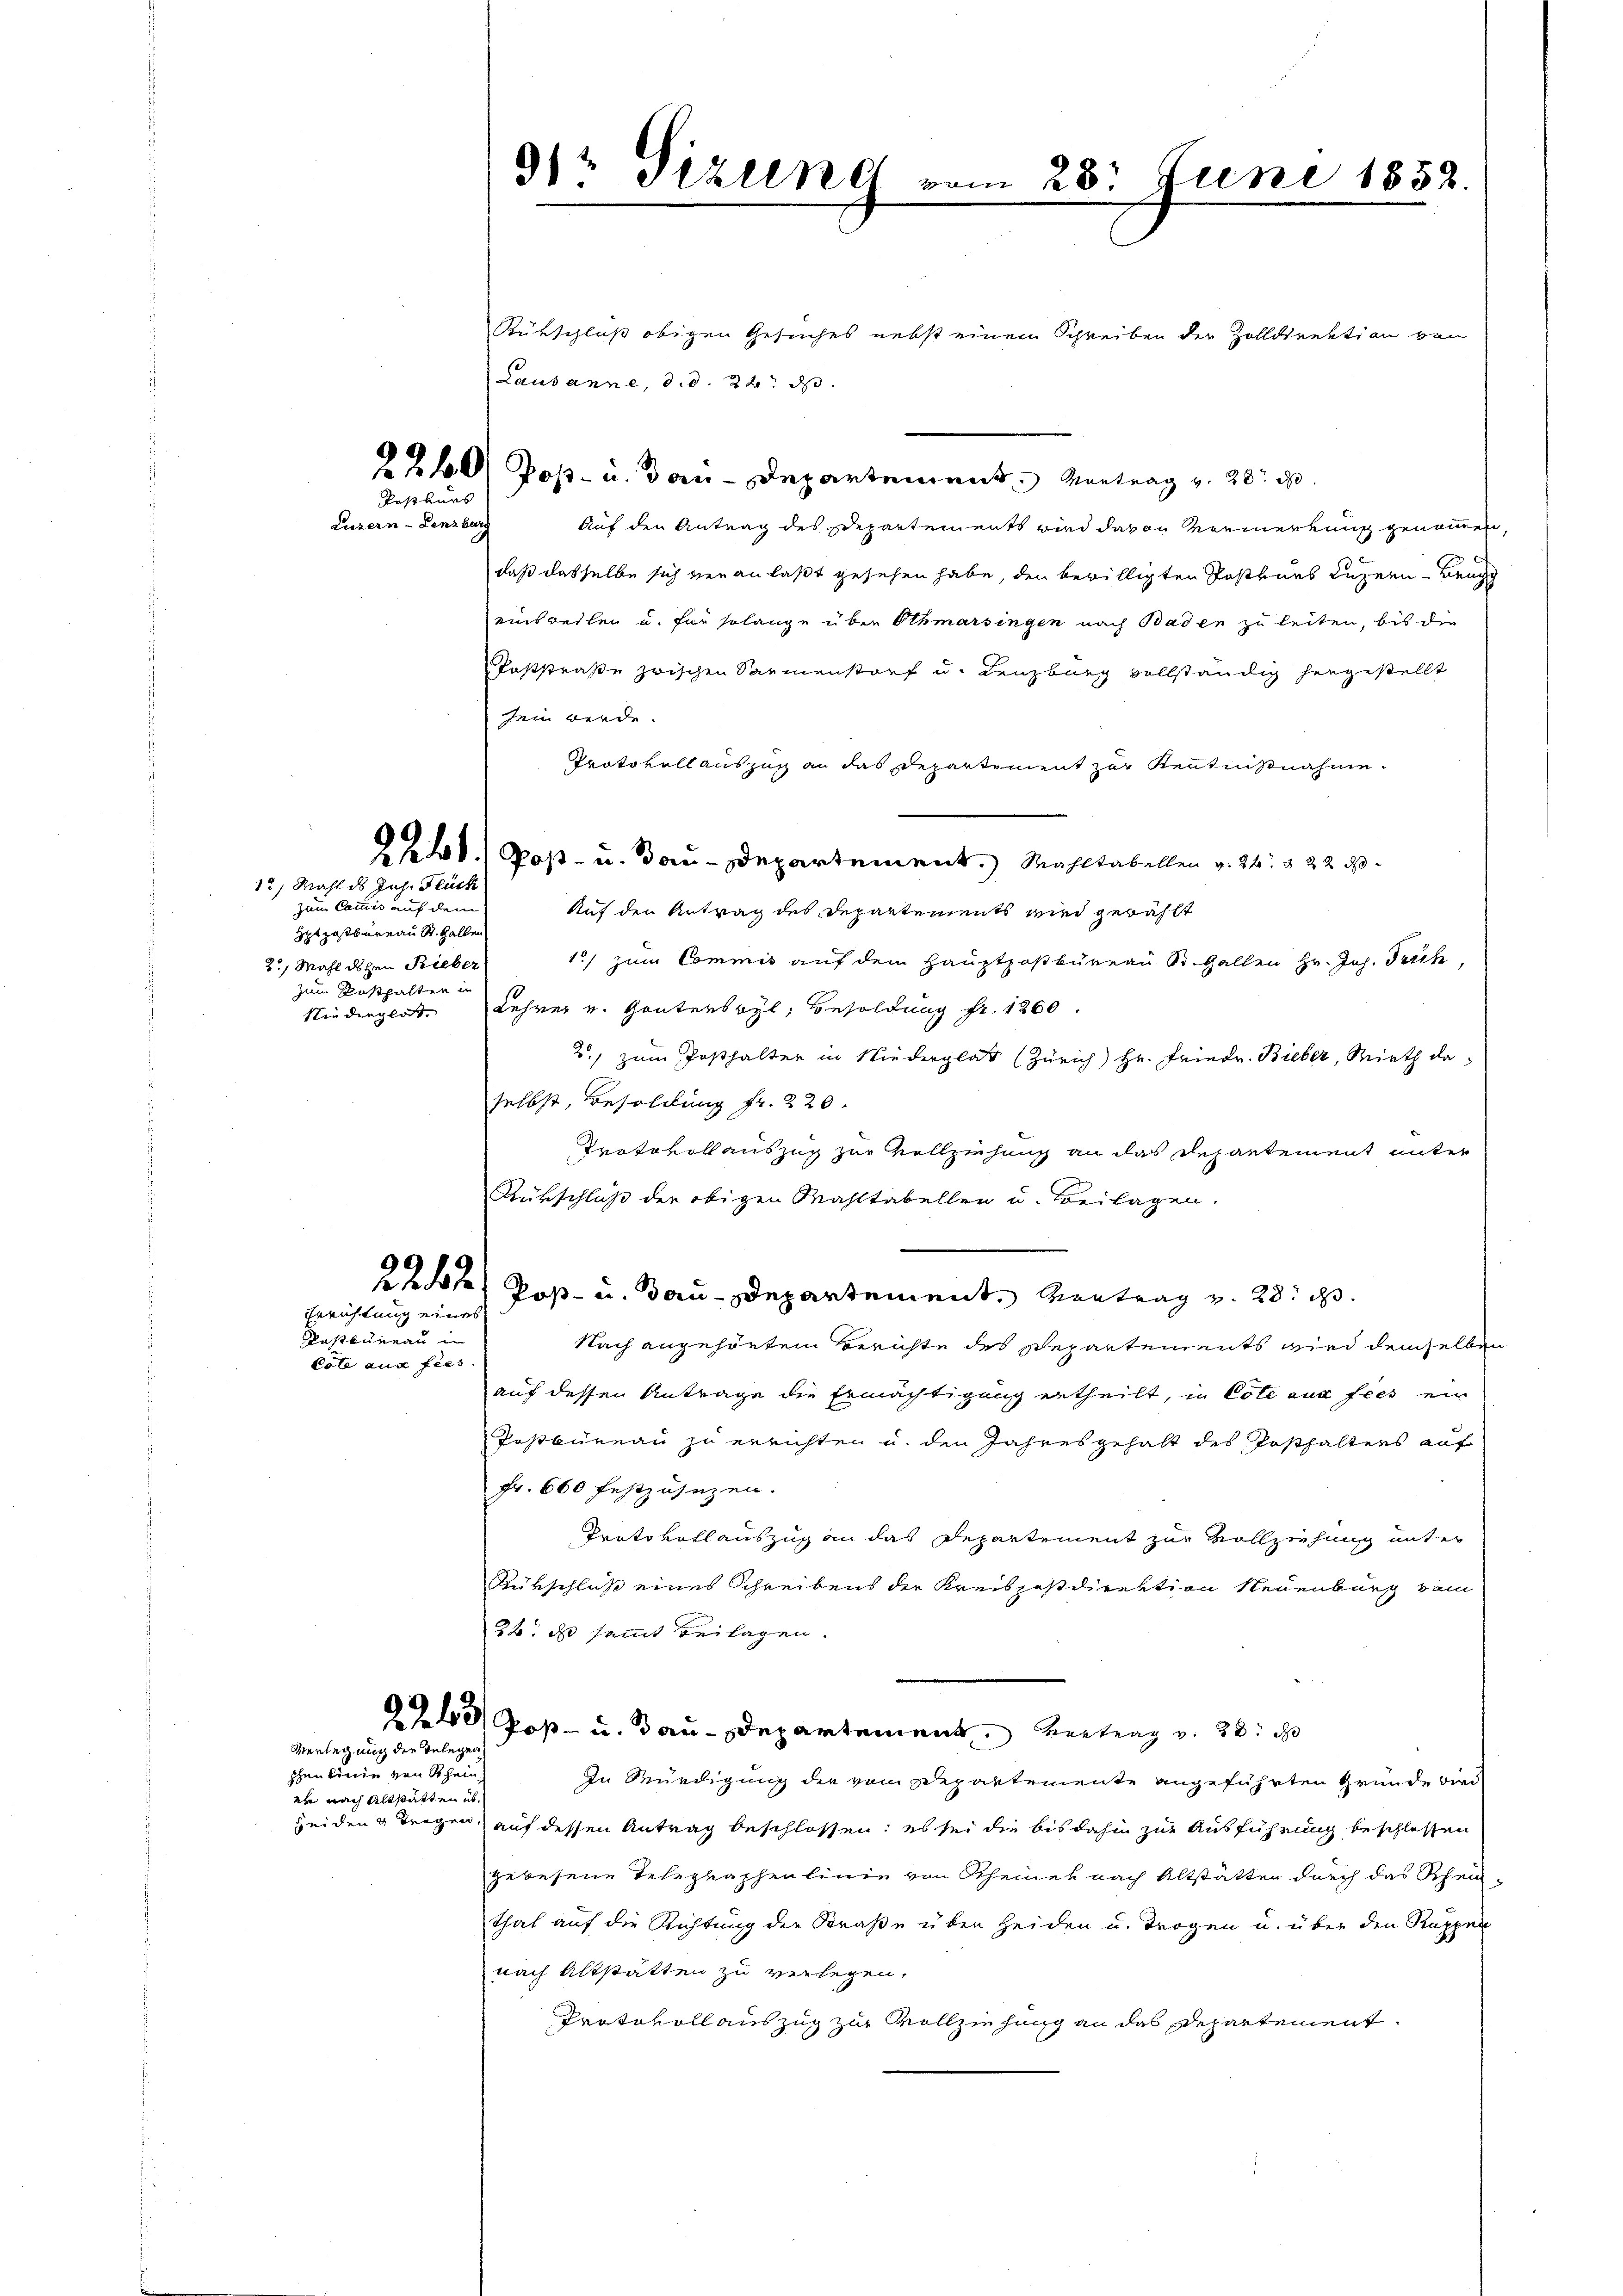
Postkurs

Luzern - Lenzburg

12) Mahl des Jus. Fluch

zum Camis auf dem
Hptpostbureau St. Gallen
2., Wahl dehen Fieber
zum Pasthalten un

Errichtung eines

Casbureau in
Cote aus fies

Verlegung die Telegen
phenlinie von Rhein
er nach Altstatten ab¬

Rütschluß obigen Gesuches nebst einem Schreiben der Zolldirektion von
Lausanne, d. d. 22. d.
2240, Post- u. Bau-Departement. Vortrag v. 20. d.
Auf den Antrag des Departements wird davon Vormerkung genommen,
daß dasselbe sich veranlaßt gesehen habe, den bewilligten Postvers Luzern - Brugg
einsweilen u. für solange über Othmarsingen nach Baden zu leiten, bis die
Poststraße zwischen Sammenstorf u. Lenzburg vollständig hergestellt
sein werde.
Protokoll auszug an das Departement zur Kenntnißnahme.
2241) Post- u. Bau-Departement. Mahltabellen v. 24 § 22 d
Auf den Antrag des Departements wird gewählt
15) zum Commis auf dem Hauptpostbüreau St. Gallen Hr. Joh. Trich,
Niederglas Lehrer u. Ganterswyl, Besoldung fr. 1260
2.) zum Posthalter in Niederglatt (Zürich) Hr. Friedr. Bieber, Rieth de
selbst, Besoldung fr. 220.
Protokoll auszug zur Vollziehung an das Departement unter
Rürschluß der obigen Mahltabellen u. Beilagen.
2247) Post- u. Bau-Departement. Vertrag v. 28. d.
Nach angehörtem Berichte des Departements wird demselben
auf dessen Antrage die Ermächtigung ertheilt, in Cote aus fies ein
Postbureau zu errichten u. den Jahres gehalt des Posthalters auf
Fr. 600 festzusezen.
Prato vollauszug an das Departement zur Vollziehung unter
Rükschluß eines Schreibens der Kreispostdirektion Neuenburg vom
22. ds sammt Beilagen.
23/ Post- u. Bau-Departement vertrag v. 28. d
In Würdigung der vom Departemente angeführten Gründe wird
bei den 4 Trogen, auf dessen Antrag beschlossen: es sei die bis dahin zur Ausführung beschlossen
gewesene Telegraphenlinie von Rheiner nach Altstätten durch das Schein-
thal auf die Richtung der Straße über Heiden u. Trogen u. über den Rappen
nach Altstätten zu verlegen.
Protokoll auszug zur Vollziehung an das Departement.

91 Sizung

in 28. Juni 1858.